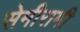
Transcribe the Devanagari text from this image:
सेमीरामी